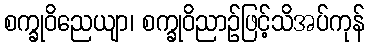
စက္ခုဝိညေယျာ၊ စက္ခုဝိညာဉ်ဖြင့်သိအပ်ကုန်